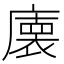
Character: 𭙾